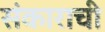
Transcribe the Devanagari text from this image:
संकाराची